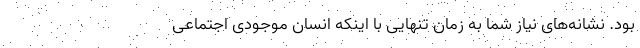
بود. نشانه‌های نیاز شما به زمان تنهایی با اینکه انسان موجودی اجتماعی